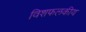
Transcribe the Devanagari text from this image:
विशफलकीय